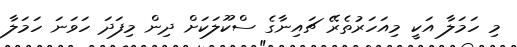
މި ހަމަލާ އަކީ މިއަހަރުތެރޭ ޗައިނާގެ ސްކޫލަކަށް ދިން މިފަދަ ހަވަނަ ހަމަލާ